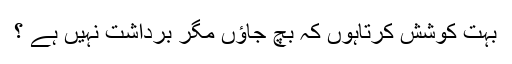
بہت کوشش کرتاہوں کہ بچ جاؤں مگر برداشت نہیں ہے ؟